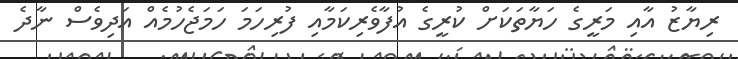
ރިޔާޒު އާއި މަރީގެ ހަޔާތަކަށް ކުރީގެ އުފާވެރިކަމާއި ފުރިހަމަ ހަމަޖެހުމެއް އަދިވެސް ނާދެ